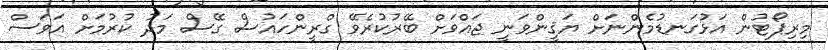
މިރިޕޯޓުން އަޅުގަނޑުމެންނަށް ޔަޤީންވަނީ ޖައްވަށް ބޭރުކުރެވޭ ގްރީންހައުސް ގޭސް މަދު ކުރުމަށް އަވަސް